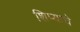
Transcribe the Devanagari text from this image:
शिप्याचे